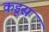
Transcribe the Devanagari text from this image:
कडूस